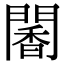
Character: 䦭